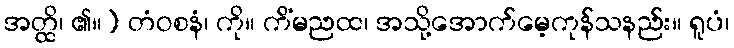
အတ္ထိ၊ ၏။) တံဝစနံ၊ ကို။ ကိံမညထ၊ အသို့အောက်မေ့ကုန်သနည်း။ ရူပံ၊